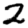
Digit: 2